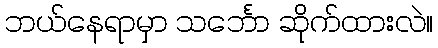
ဘယ်နေရာမှာ သင်္ဘော ဆိုက်ထားလဲ။